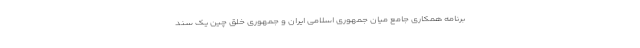
برنامه همکاری جامع میان جمهوری اسلامی ایران و جمهوری خلق چین یک سند